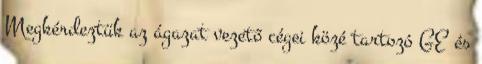
Megkérdeztük az ágazat vezető cégei közé tartozó GE és